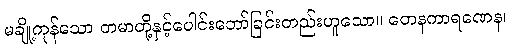
မချို့ကုန်သော တမာတို့နှင့်ပေါင်းဘော်ခြင်းတည်းဟူသော။ တေနကာရဏေန၊